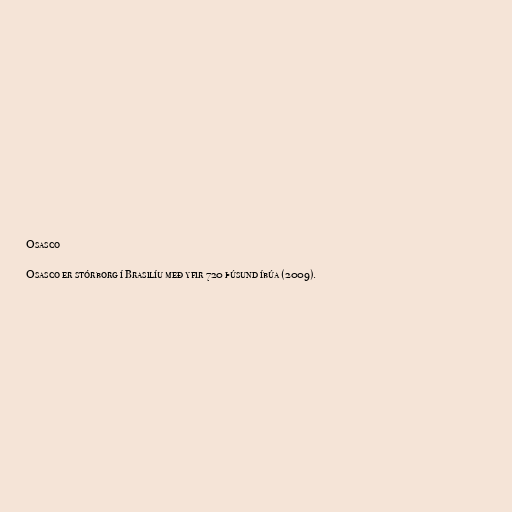
Osasco

Osasco er stórborg í Brasilíu með yfir 720 þúsund íbúa (2009).